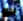
لدي